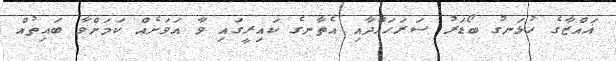
ޣައްޒާގެ ހުޅަނގު ބޯޑަރު ސަރަހައްދާއި އެތާނގެ ކައިރީގައި ވާ އަވަށެއް ކަމަށްވާ ބައިތުއް